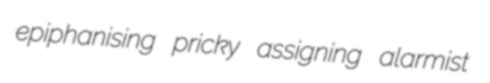
epiphanising pricky assigning alarmist